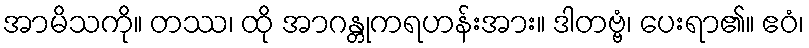
အာမိသကို။ တဿ၊ ထို အာဂန္တုကရဟန်းအား။ ဒါတဗ္ဗံ၊ ပေးရာ၏။ ဧဝံ၊